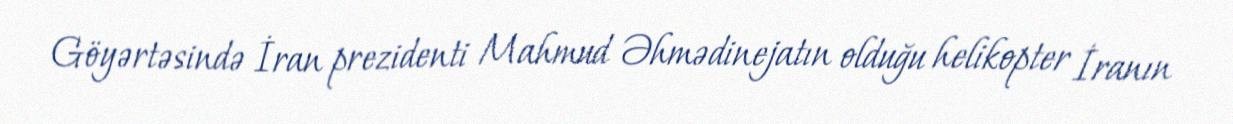
Göyərtəsində İran prezidenti Mahmud Əhmədinejatın olduğu helikopter İranın